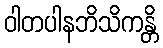
ဝါတပါနဘိသိကန္တိ